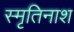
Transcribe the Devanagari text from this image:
स्मृतिनाश